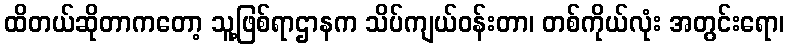
ထိတယ်ဆိုတာကတော့ သူ့ဖြစ်ရာဌာနက သိပ်ကျယ်ဝန်းတာ၊ တစ်ကိုယ်လုံး အတွင်းရော၊